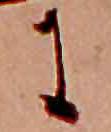
に